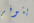
يتوفر